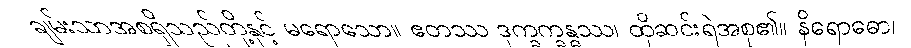
ချမ်းသာအစရှိသည်တို့နှင့် မရောသော။ ဧတဿ ဒုက္ခက္ခန္ဓဿ၊ ထိုဆင်းရဲအစု၏။ နိရောဓော၊